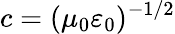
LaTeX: c=(\mu_{0}\varepsilon_{0})^{-1/2}